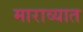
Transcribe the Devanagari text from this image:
माराव्यात